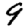
Digit: 9